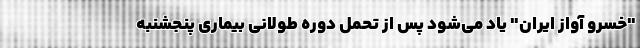
"خسرو آواز ایران" یاد می‌شود پس از تحمل دوره طولانی بیماری پنجشنبه